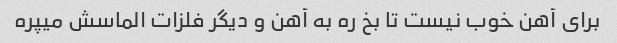
برای آهن خوب نیست تا بخ ره به آهن و دیگر فلزات الماسش میپره